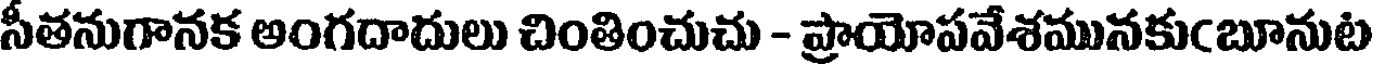
సీతనుగానక అంగదాదులు చింతించుచు - ప్రాయోపవేశమునకుఁబూనుట